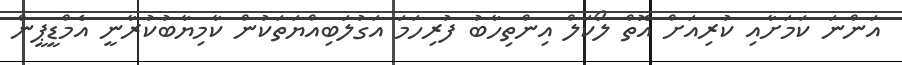
އަންނަ ކަމަށާއި ކުރިއަށް އޮތް ލޯކަލް އިންތިހާބު ފުރިހަމަ އަގުލަބިއްޔަތަކުން ކާމިޔާބުކުރާނީ އެމްޑީޕީން